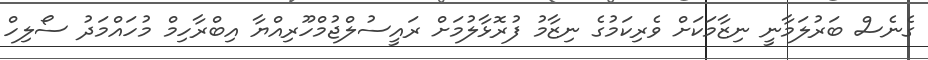
ގެނެސް ބަރުލަމާނީ ނިޒާމަކަށް ވެރިކަމުގެ ނިޒާމު ފުރޮޅާލުމަށް ރަައީސުލްޖުމްހޫރިއްޔާ އިބްރާހިމް މުހައްމަދު ސޯލިހް